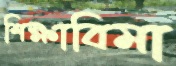
শিক্ষাবিমা